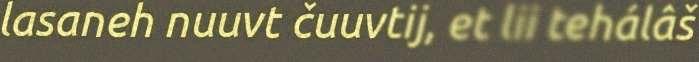
lasaneh nuuvt čuuvtij, et lii tehálâš